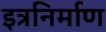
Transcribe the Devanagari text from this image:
इत्रनिर्माण